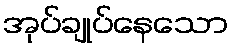
အုပ်ချုပ်နေသော